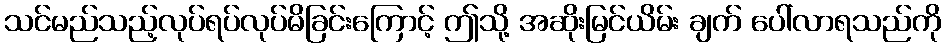
သင်မည်သည့်လုပ်ရပ်လုပ်မိခြင်းကြောင့် ဤသို့ အဆိုးမြင်ယိမ်း ချက် ပေါ်လာရသည်ကို